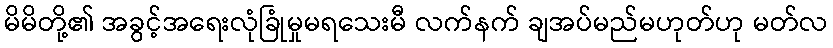
မိမိတို့၏ အခွင့်အရေးလုံခြုံမှုမရသေးမီ လက်နက် ချအပ်မည်မဟုတ်ဟု မတ်လ